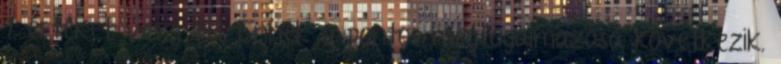
1 értéket veszi fel. Ennek a pontos megfogalmazása következik.